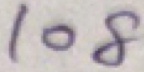
1 0 8